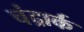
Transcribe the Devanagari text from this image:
चंद्रार्क